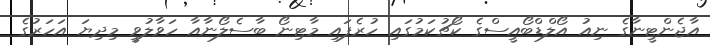
އާޖެންޓީނާގެ ނިއު އޯލްޑްބޯއީސްގެ ކޯޗުކަމުގައި ހުރެފައި މާޓިނޯ ބާސެލޯނާއާ ހަވާލުވީ މިދިޔަ އަހަރުގެ